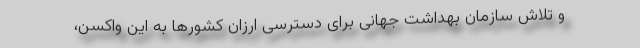
و تلاش سازمان بهداشت جهانی برای دسترسی ارزان کشورها به این واکسن،